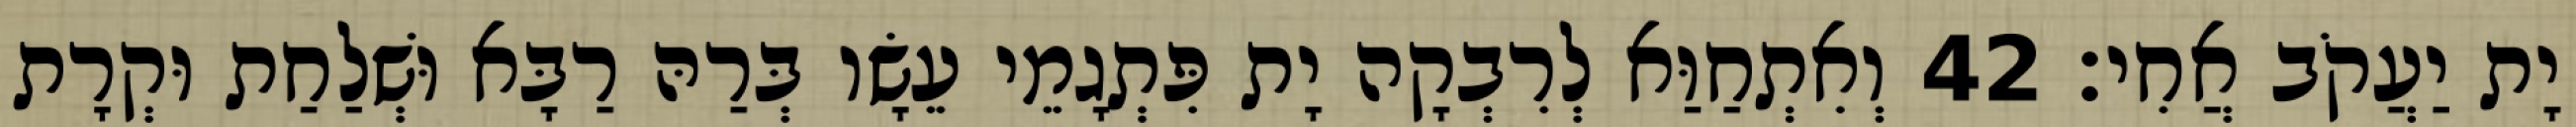
יָת יַעֲקֹב אֲחִי׃ 42 וְאִתְחַוַּא לְרִבְקָה יָת פִּתְגָמֵי עֵשָׂו בְּרַהּ רַבָּא וּשְׁלַחַת וּקְרָת